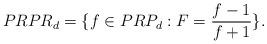
LaTeX: \begin{align*}PRPR_d = \{ f \in PRP_d: F=\frac{f-1}{f+1} \}.\end{align*}